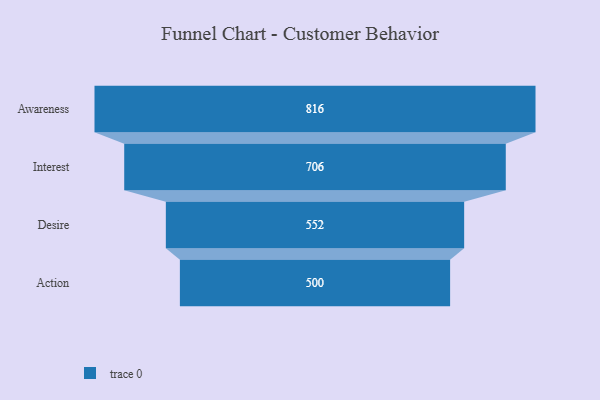
{"axis": {"x": "Stage", "y": "Value"}, "legend": [""], "data": [{"x": "Awareness", "y": 816.0, "type": ""}, {"x": "Interest", "y": 706.0, "type": ""}, {"x": "Desire", "y": 552.0, "type": ""}, {"x": "Action", "y": 500, "type": ""}]}